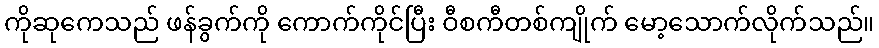
ကိုဆုကေသည် ဖန်ခွက်ကို ကောက်ကိုင်ပြီး ဝီစကီတစ်ကျိုက် မော့သောက်လိုက်သည်။